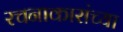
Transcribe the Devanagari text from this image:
रचनाकारांच्या